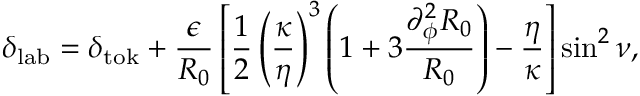
\delta _ { \mathrm { l a b } } = \delta _ { \mathrm { t o k } } + \frac { \epsilon } { R _ { 0 } } \left[ \frac { 1 } { 2 } \left( \frac { \kappa } { \eta } \right) ^ { 3 } \left( 1 + 3 \frac { \partial _ { \phi } ^ { 2 } R _ { 0 } } { R _ { 0 } } \right) - \frac { \eta } { \kappa } \right] \sin ^ { 2 } \nu ,